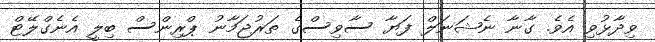
ވިދާޅުވި އެވެ. ގާނާ ނެޝަނަލް ފަޔާ ސާވިސްގެ ތަރުޖަމާނު ޕްރިންސް ބިލީ އެނެގްލޭޓް